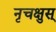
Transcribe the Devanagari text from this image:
नृचक्षुस्